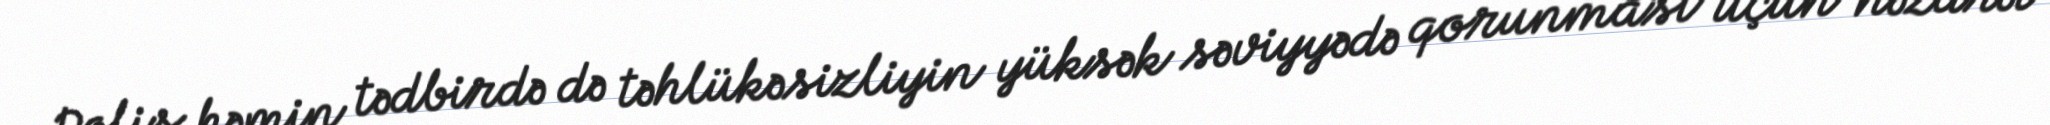
Polis həmin tədbirdə də təhlükəsizliyin yüksək səviyyədə qorunması üçün nəzarət